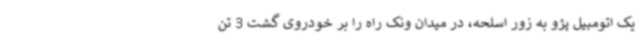
یک اتومبیل پژو به زور اسلحه، در میدان ونک راه را بر خودروی گشت 3 تن